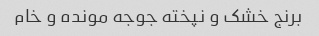
برنج خشک و نپخته جوجه مونده و خام